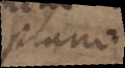
plano